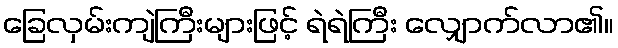
ခြေလှမ်းကျဲကြီးများဖြင့် ရဲရဲကြီး လျှောက်လာ၏။